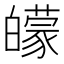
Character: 𤾬